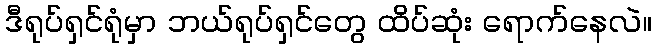
ဒီရုပ်ရှင်ရုံမှာ ဘယ်ရုပ်ရှင်တွေ ထိပ်ဆုံး ရောက်နေလဲ။